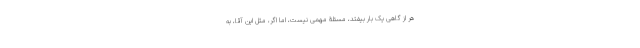
هر از گاهی یک بار بیفتد، مسئلۀ مهمی نیست، اما اگر، مثل این آقا، به